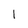
Character: 1